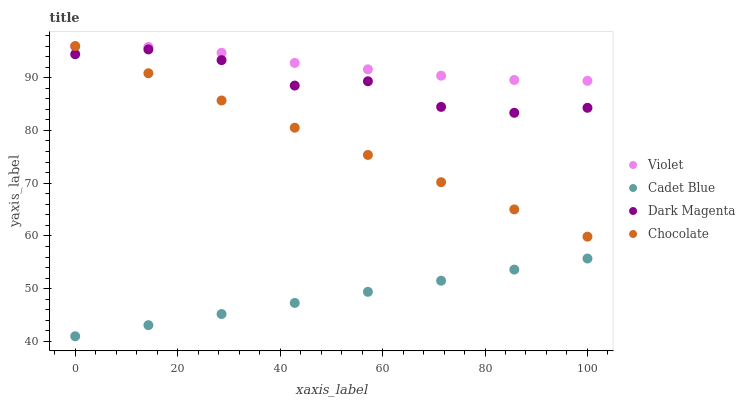
| xaxis_label | Violet | Cadet Blue | Dark Magenta | Chocolate |
 | --- | --- | --- | --- | --- |
 | 0 | 95.9 | 41 | 94.4 | 96 |
 | 14.3 | 95.8 | 43.1 | 95.4 | 90.8 |
 | 28.6 | 94.7 | 45.2 | 93.3 | 85.7 |
 | 42.9 | 92.8 | 47.3 | 88.5 | 80.5 |
 | 57.1 | 91.6 | 49.4 | 89.3 | 75.4 |
 | 71.4 | 90.4 | 51.5 | 84.5 | 70.2 |
 | 85.7 | 89.6 | 53.6 | 83.3 | 65 |
 | 100 | 89.4 | 55.7 | 84.3 | 59.9 |